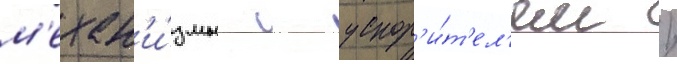
м'ехан'и́змы с ускор'и́т'ел'ем /